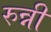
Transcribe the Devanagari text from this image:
रुन्नी